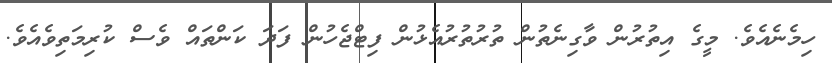
ހިމެނެއެވެ. މީގެ އިތުރުން ވާގިނެތުން ތުރުތުރުއެޅުން ފިޓްޖެހުން ފަދަ ކަންތައް ވެސް ކުރިމަތިވެއެވެ.